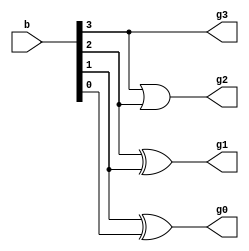

`timescale 1ns / 1ps

module bcd_to_gray(b,g3,g2,g1,g0);
//wire x;
input [3:0] b;
output g3,g2,g1,g0;
and(g3,b[3],1'b1);
or(g2,b[3],b[2]);
xor(g1,b[2],b[1]);
xor(g0,b[1],b[0]);
endmodule